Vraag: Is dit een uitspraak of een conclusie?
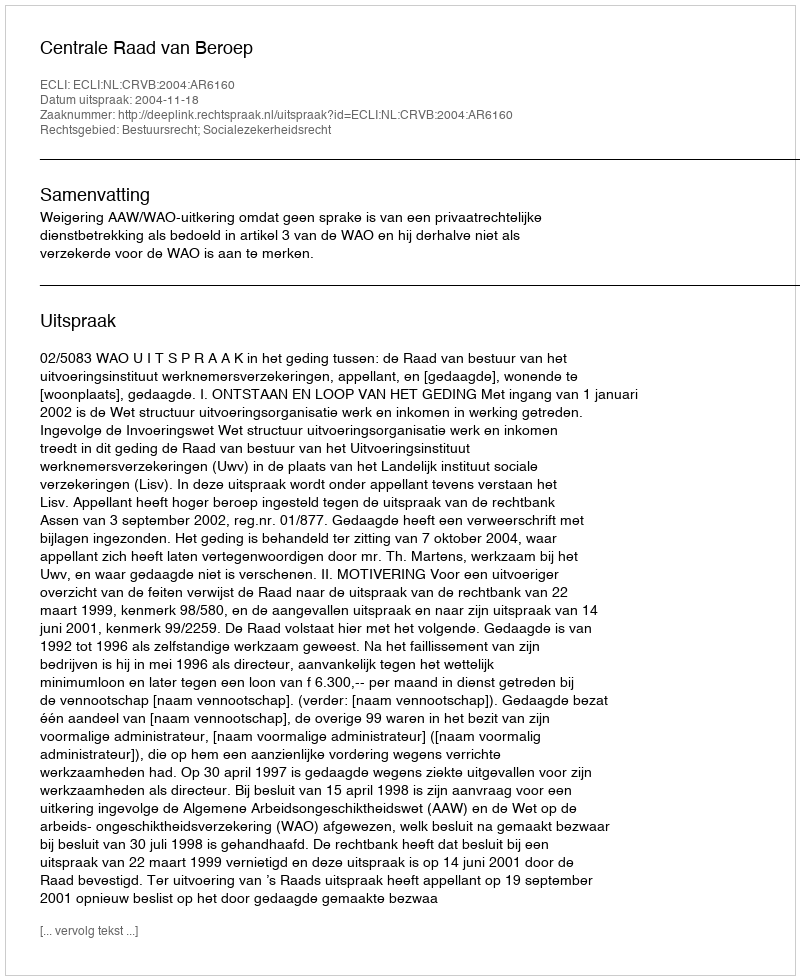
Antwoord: Uitspraak